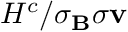
H ^ { c } / \sigma _ { \mathbf { B } } \sigma { \mathbf { v } }